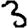
Digit: 3